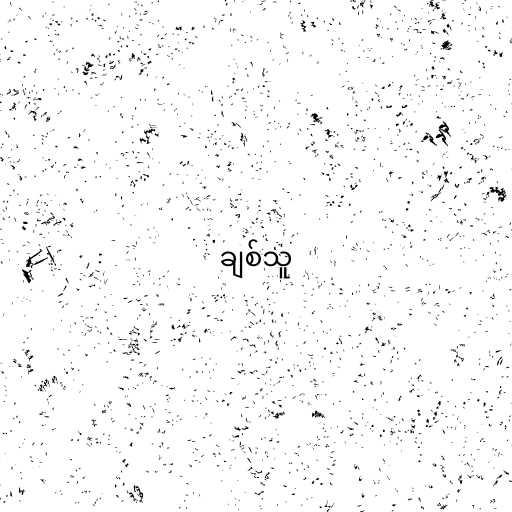
ချစ်သူ